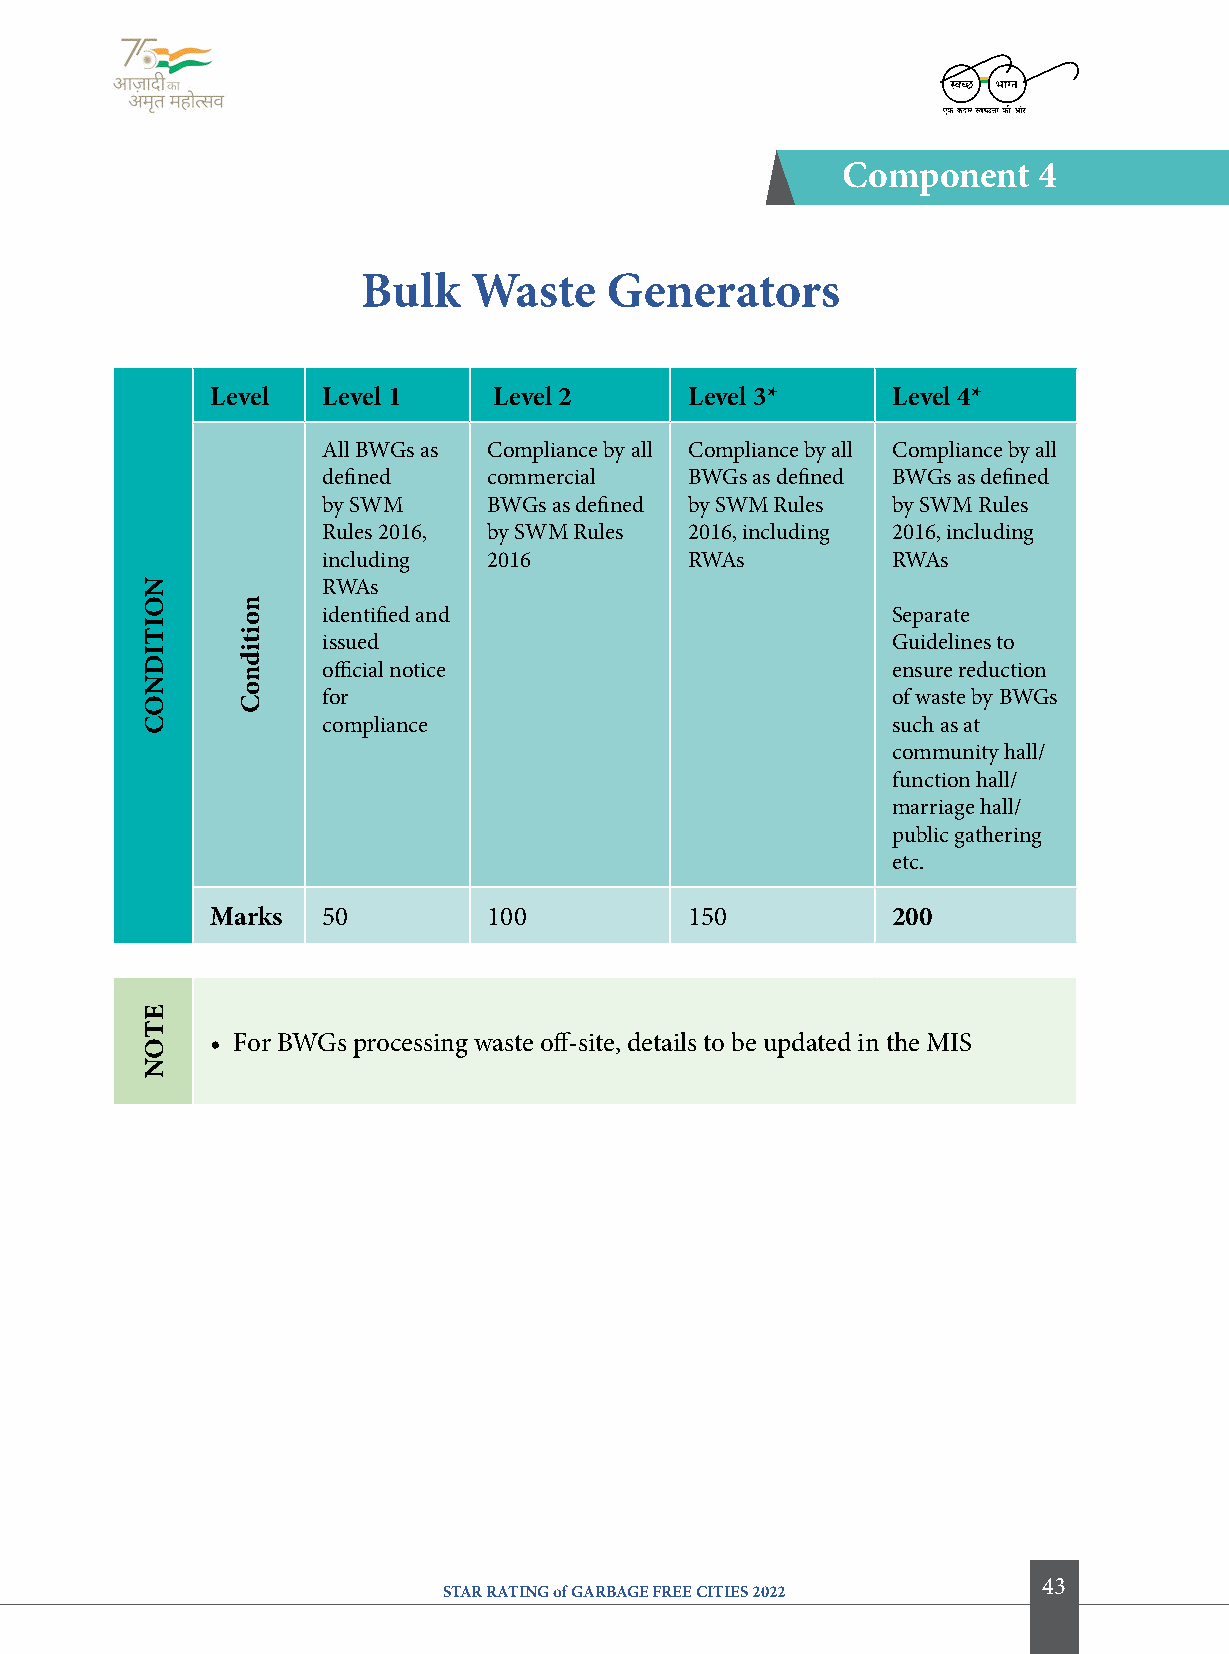
component    4
 Bulk   Waste    generators
 level  level 1     level 2      level 3*     level 4*
 All BWGs as Compliance by all Compliance by all Compliance by all
 defined    commercial    BWGs as defined BWGs as defined
 by SWM     BWGs as defined by SWM Rules by SWM Rules
 Rules 2016, by SWM Rules 2016, including 2016, including
 including  2016          RWAs         RWAs
 RWAs
 identified and                        Separate
 issued                                Guidelines to
 official notice                       ensure reduction
 for                                   of waste by BWGs
 compliance                            such as at
 community hall/
 function hall/
 marriage hall/
 public gathering
 etc.
 Marks  50         100           150          200
 • For BWGs processing waste off-site, details to be updated in the MIS
 43
 STAR RATING of GARBAGE FREE CITIES 2022
 NoitiDNoc
 etoN
 noitidnoc